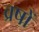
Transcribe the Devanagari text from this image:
व्रषों